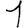
Digit: 1